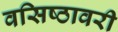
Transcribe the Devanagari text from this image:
वसिष्ठावरी